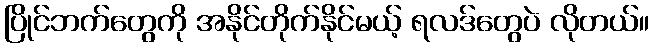
ပြိုင်ဘက်တွေကို အနိုင်တိုက်နိုင်မယ့် ရလဒ်တွေပဲ လိုတယ်။